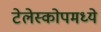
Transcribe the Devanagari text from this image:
टेलेस्कोपमध्ये